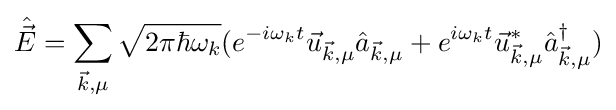
{\hat {\vec {E}}}=\sum _{{\vec {k}},\mu }{\sqrt {2\pi \hbar \omega _{k}}}(e^{-i\omega _{k}t}{\vec {u}}_{{\vec {k}},\mu }{\hat {a}}_{{\vec {k}},\mu }+e^{i\omega _{k}t}{\vec {u}}_{{\vec {k}},\mu }^{*}{\hat {a}}_{{\vec {k}},\mu }^{\dagger })